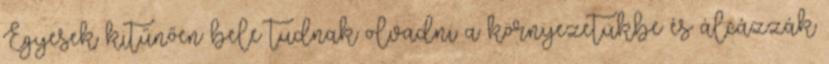
Egyesek kitűnően bele tudnak olvadni a környezetükbe és álcázzák